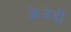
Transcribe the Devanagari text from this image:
केजेडी